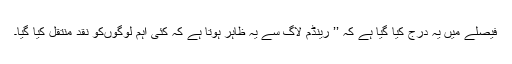
فیصلے میں یہ درج کیا گیا ہے کہ ’’ رینڈم لاگ سے یہ ظاہر ہوتا ہے کہ کئی اہم لوگوںکو نقد منتقل کیا گیا۔